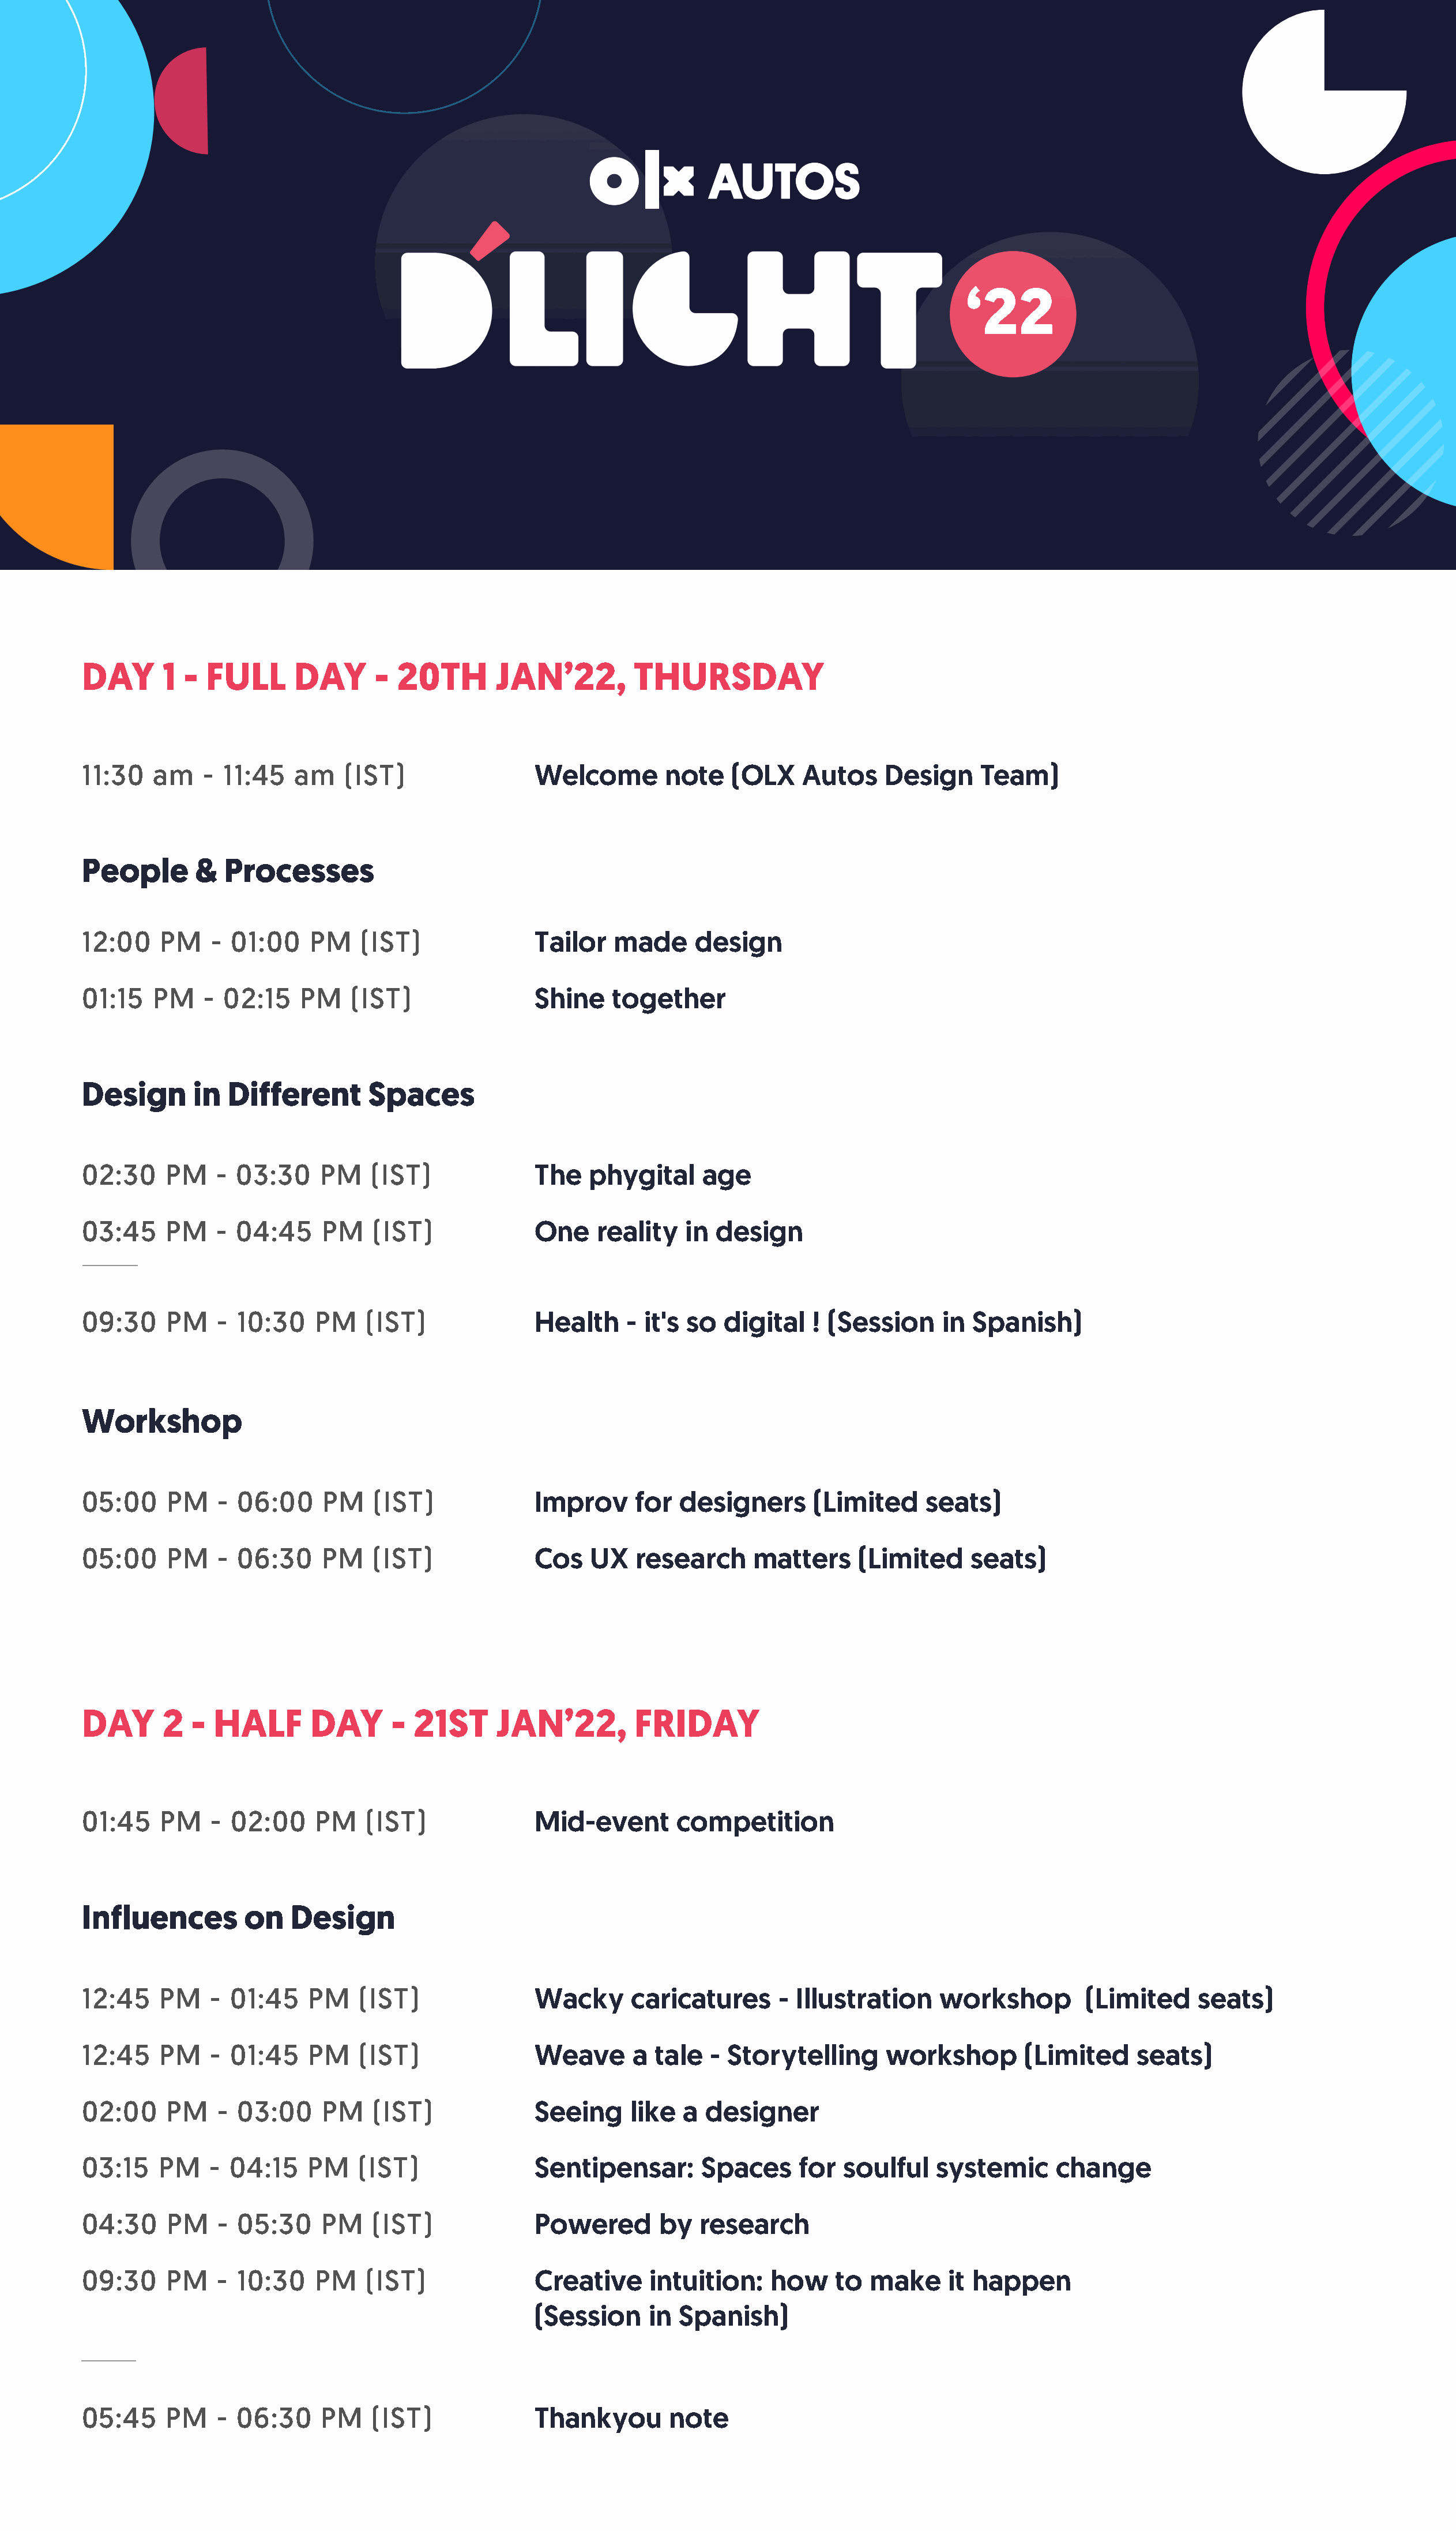
‘22
 DAY       1 -  FULL      DAY      -  20TH       JAN’22,         THURSDAY
 11:30    am   -  11:45   am    (IST)                Welcome        note    (OLX    Autos     Design     Team)
 People       &   Processes
 12:00    PM    - 01:00     PM   (IST)               Tailor   made      design
 01:15    PM   -  02:15   PM    (IST)                Shine    together
 Design       in  Different       Spaces
 02:30     PM    - 03:30     PM    (IST)             The    phygital     age
 03:45     PM    - 04:45     PM    (IST)             One     reality   in design
 09:30     PM    - 10:30    PM    (IST)              Health     - it's so  digital   ! (Session     in  Spanish)
 Workshop
 05:00     PM    - 06:00     PM    (IST)             Improv      for  designers      (Limited     seats)
 05:00     PM    - 06:30     PM    (IST)             Cos    UX   research      matters     (Limited    seats)
 DAY       2  -  HALF       DAY      - 21ST      JAN’22,         FRIDAY
 01:45    PM    - 02:00     PM    (IST)              Mid-event        competition
 Influences         on   Design
 12:45    PM    - 01:45    PM    (IST)               Wacky      caricatures      - Illustration     workshop         (Limited     seats)
 12:45    PM    - 01:45    PM    (IST)               Weave       a tale   - Storytelling      workshop        (Limited     seats)
 02:00     PM    - 03:00     PM    (IST)             Seeing     like  a  designer
 03:15    PM    - 04:15    PM    (IST)               Sentipensar:       Spaces      for  soulful    systemic     change
 04:30     PM    - 05:30     PM    (IST)             Powered        by  research
 09:30     PM    - 10:30    PM    (IST)              Creative      intuition:   how     to  make     it happen
 (Session     in  Spanish)
 05:45     PM    - 06:30     PM    (IST)             Thankyou        note